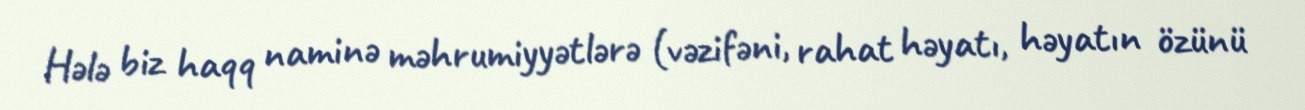
Hələ biz haqq naminə məhrumiyyətlərə (vəzifəni, rahat həyatı, həyatın özünü